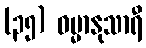
(၃၅) ဓမ္မာနုသာရီ